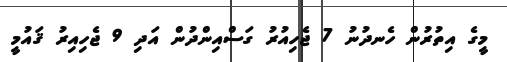
މީގެ އިތުރުން ހެނދުނު 7 ޖެހިއުރު ގަސްއިންދުން އަދި 9 ޖެހިއިރު ޤައުމީ